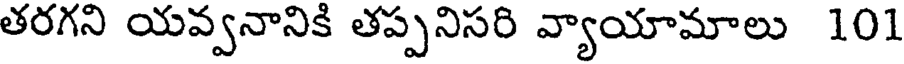
తరగని యవ్వనానికి తప్పనిసరి వ్యాయామాలు 101